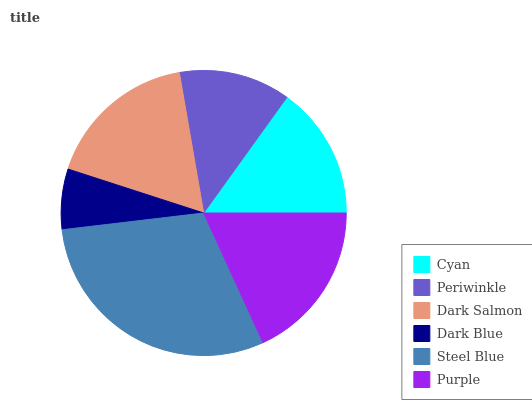
| Cyan | Periwinkle | Dark Salmon | Dark Blue | Steel Blue | Purple |
 | --- | --- | --- | --- | --- | --- |
 | 15.1% | 12.7% | 17.4% | 6.84% | 29.9% | 18.1% |